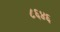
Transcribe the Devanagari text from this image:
८६४६